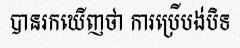
បានរកឃើញថា ការប្រើបង់បិទ